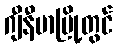
ဂျီနီဗာမြို့တွင်